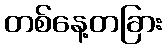
တစ်နေ့တခြား